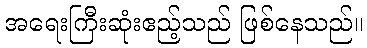
အရေးကြီးဆုံးဧည့်သည် ဖြစ်နေသည်။